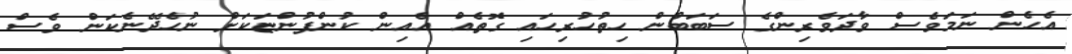
އެހެން ނަމަވެސް ވާދަވެރިންގެ ސަބަބުން ހިތުހުރިހައި ގޮތެއް އެއިން ކުންފުންޏަކަށް ނުހެދޭނެކަން ވެސް